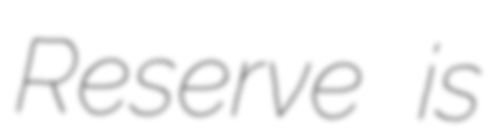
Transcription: Reserve is